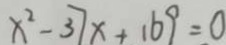
x ^ { 2 } - 3 7 x + 1 6 9 = 0